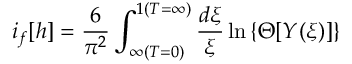
i _ { f } [ h ] = \frac { 6 } { \pi ^ { 2 } } \int _ { \infty ( T = 0 ) } ^ { 1 ( T = \infty ) } \frac { d \xi } { \xi } \ln \left\{ \Theta [ \cal { Y } ( \xi ) ] \right\}